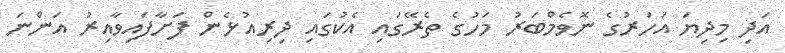
އަދި މިދިޔަ އަހަރުގެ ނޮވެމްބަރު މަހުގެ ތެރޭގައި އެކުގައި ދިރިއުޅެން ފަށާފައިވާއިރު އަންނަ